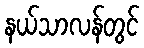
နယ်သာလန်တွင်